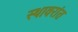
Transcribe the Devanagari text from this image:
स्थावरांत